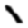
Digit: 1